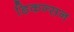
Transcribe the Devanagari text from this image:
डिकन्सन